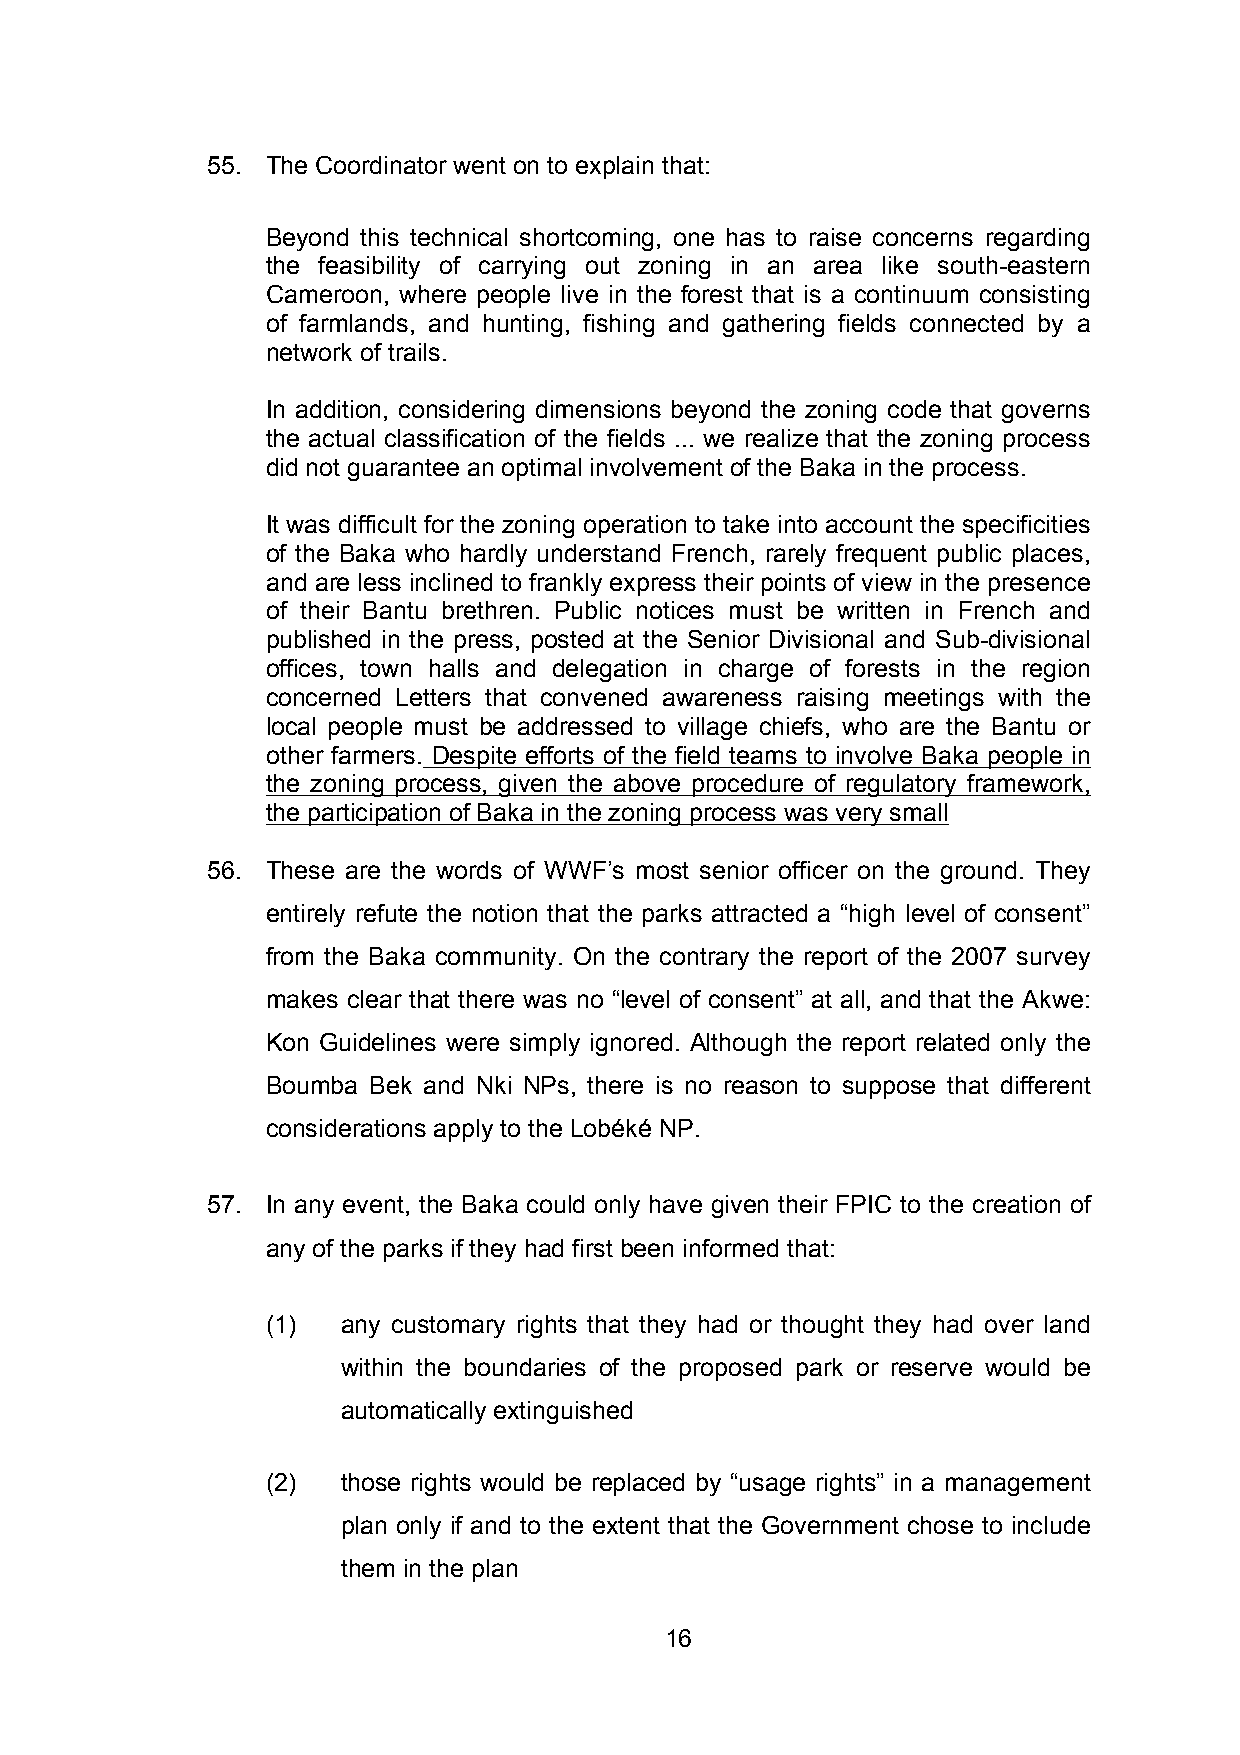
55. The Coordinator went on to explain that:
 Beyond this technical shortcoming, one has to raise concerns regarding
 the feasibility of carrying out zoning in an area like south-eastern
 Cameroon, where people live in the forest that is a continuum consisting
 of farmlands, and hunting, fishing and gathering fields connected by a
 network of trails.
 In addition, considering dimensions beyond the zoning code that governs
 the actual classification of the fields ... we realize that the zoning process
 did not guarantee an optimal involvement of the Baka in the process.
 It was difficult for the zoning operation to take into account the specificities
 of the Baka who hardly understand French, rarely frequent public places,
 and are less inclined to frankly express their points of view in the presence
 of their Bantu brethren. Public notices must be written in French and
 published in the press, posted at the Senior Divisional and Sub-divisional
 offices, town halls and delegation in charge of forests in the region
 concerned Letters that convened awareness raising meetings with the
 local people must be addressed to village chiefs, who are the Bantu or
 other farmers. Despite efforts of the field teams to involve Baka people in
 the zoning process, given the above procedure of regulatory framework,
 the participation of Baka in the zoning process was very small
 56. These are the words of WWF’s most senior officer on the ground. They
 entirely refute the notion that the parks attracted a “high level of consent”
 from the Baka community. On the contrary the report of the 2007 survey
 makes clear that there was no “level of consent” at all, and that the Akwe:
 Kon Guidelines were simply ignored. Although the report related only the
 Boumba Bek and Nki NPs, there is no reason to suppose that different
 considerations apply to the Lobéké NP.
 57. In any event, the Baka could only have given their FPIC to the creation of
 any of the parks if they had first been informed that:
 (1)  any customary rights that they had or thought they had over land
 within the boundaries of the proposed park or reserve would be
 automatically extinguished
 (2)  those rights would be replaced by “usage rights” in a management
 plan only if and to the extent that the Government chose to include
 them in the plan
 16